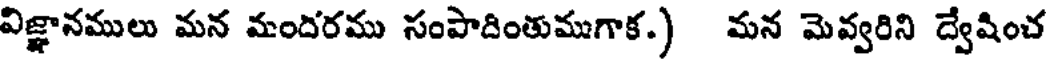
విజ్ఞానములు మన మందిరము సంపాదింతుముగాక.) మన మెవ్వరిని ద్వేషించ